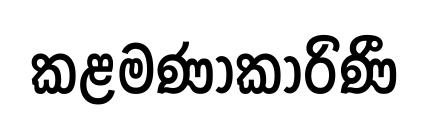
කළමණාකාරිණී